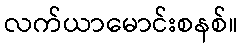
လက်ယာမောင်းစနစ်။